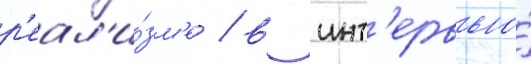
р'еал'и́зм'е / в инт'ервью́